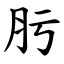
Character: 肟